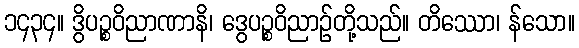
၁၄၃၄။ ဒွိပဉ္စဝိညာဏာနိ၊ ဒွေပဉ္စဝိညာဉ်တို့သည်။ တိဿော၊ န်သော။